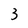
Character: 3